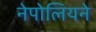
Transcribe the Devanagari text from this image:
नेपोलियने